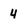
Character: 4